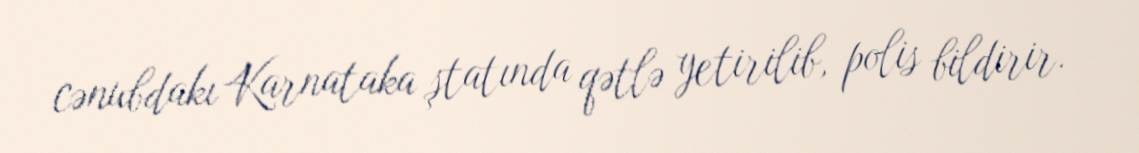
cənubdakı Karnataka ştatında qətlə yetirilib, polis bildirir.